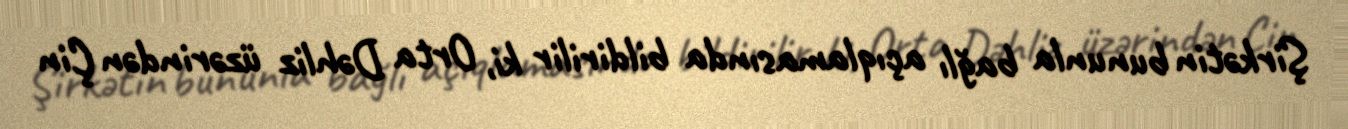
Şirkətin bununla bağlı açıqlamasında bildirilir ki, Orta Dəhliz üzərindən Çin